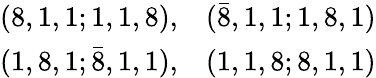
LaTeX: \begin{array}{rr}{{(8,1,1;1,1,8),}}&{{({\bar{8}},1,1;1,8,1)}}\\ {{(1,8,1;{\bar{8}},1,1),}}&{{(1,1,8;8,1,1)}}\end{array}